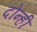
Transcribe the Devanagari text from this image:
दोन्‍ही